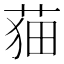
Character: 𦲡